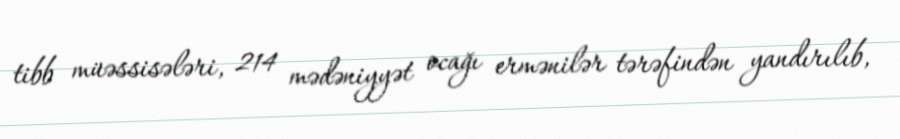
tibb müəssisələri, 214 mədəniyyət ocağı ermənilər tərəfindən yandırılıb,